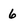
Character: 6